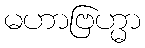
မဟာဗြဟ္မာ